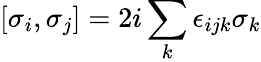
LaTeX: [{\sigma}_{i},{\sigma}_{j}]=2i\sum_{k}\epsilon_{ijk}{\sigma}_{k}